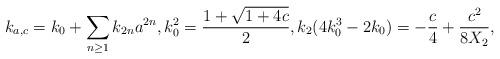
LaTeX: \begin{align*}k_{a,c}=k_0+\sum_{n\geq1}k_{2n}a^{2n},k_0^2 = \frac{1+\sqrt{1+4c}}2,k_2(4k_0^3-2k_0) = -\frac c4 + \frac{c^2}{8X_2},\end{align*}